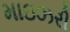
માઇઝરી